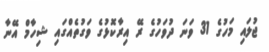
ޖުލައި މަހުގެ 31 ވަނަ ދުވަހުގެ ރޭ އިރާކޮޅުގެ ވަގުތެއްގައި ޝިހާމް އޭނާ